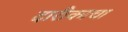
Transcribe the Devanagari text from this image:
दारीकाचा